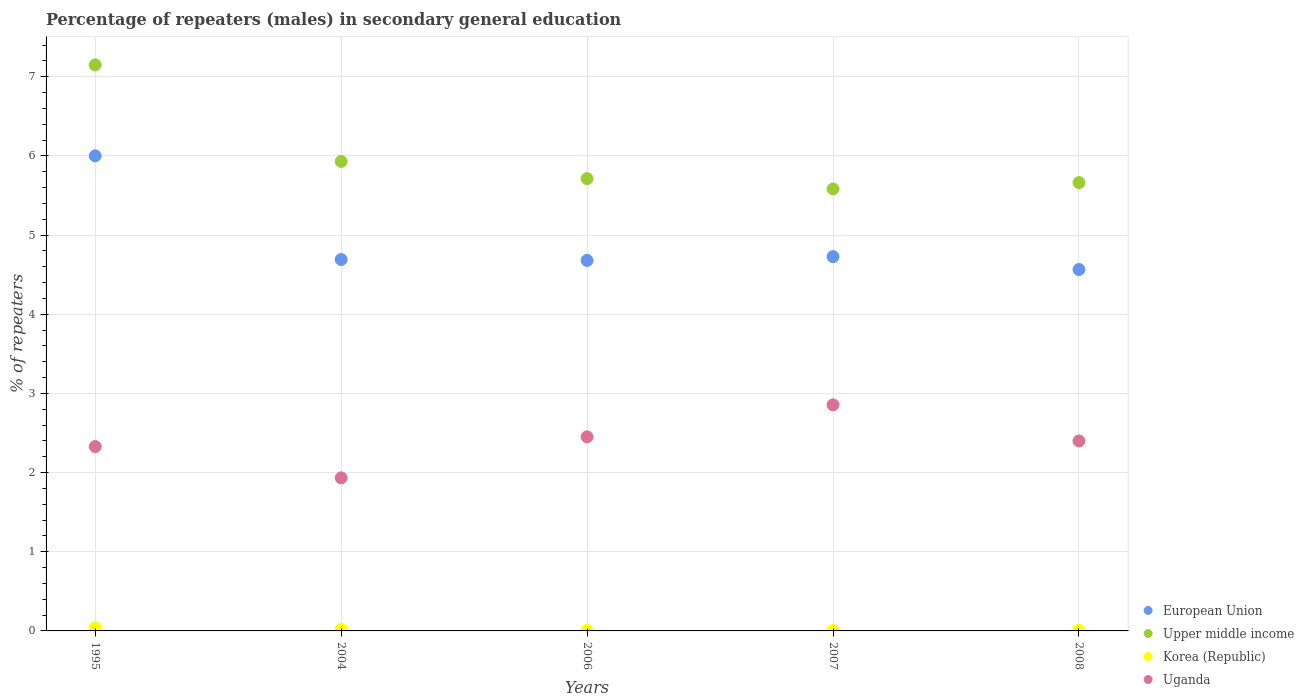
| Years | European Union | Upper middle income | Korea (Republic) | Uganda |
 | --- | --- | --- | --- | --- |
 | 1995 | 6 | 7.15 | 0.0421 | 2.33 |
 | 2004 | 4.69 | 5.93 | 0.0199 | 1.93 |
 | 2006 | 4.68 | 5.71 | 0.00533 | 2.45 |
 | 2007 | 4.73 | 5.58 | 0.00479 | 2.86 |
 | 2008 | 4.57 | 5.66 | 0.00811 | 2.4 |